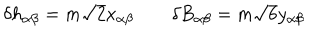
LaTeX: \delta h _ { \alpha \beta } = m \sqrt { 2 } x _ { \alpha \beta } \qquad \delta B _ { \alpha \beta } = m \sqrt { 6 } y _ { \alpha \beta }